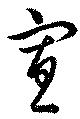
？